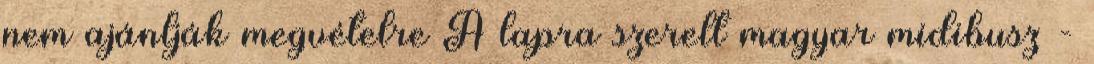
nem ajánlják megvételre A lapra szerelt magyar midibusz -